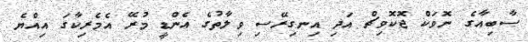
ސާބިއާގެ ނޮވަކް ޖޮކޮވިޗް އަދި އިނގިރޭސި ވިލާތުގެ އެންޑީ މުރޭ އެމެރިކާގަ އިއްޔެ